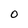
Character: O